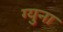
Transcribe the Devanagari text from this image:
ग्युना